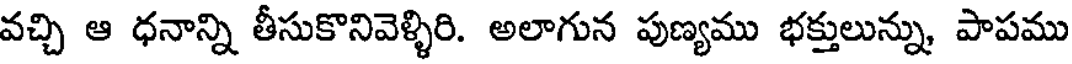
వచ్చి ఆ ధనాన్ని తీసుకొనివెళ్ళిరి. అలాగున పుణ్యము భక్తులున్ను, పాపము